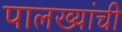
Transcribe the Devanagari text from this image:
पालख्यांची